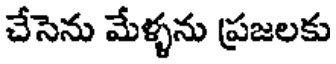
చేసెను మేళ్ళను (ప్రజలకు